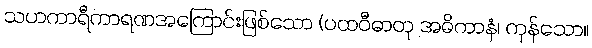
သဟကာရီကာရဏအကြောင်းဖြစ်သော (ပထဝီဓာတု အဓိကာနံ၊ ကုန်သော။